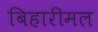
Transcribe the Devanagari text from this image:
बिहारीमल